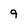
Character: 9